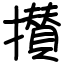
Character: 攅